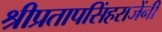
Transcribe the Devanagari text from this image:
श्रीप्रतापसिंहराजेंनी